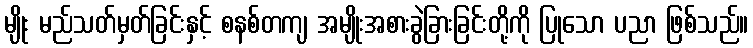
မျိုး မည်သတ်မှတ်ခြင်းနှင့် စနစ်တကျ အမျိုးအစားခွဲခြားခြင်းတို့ကို ပြုသော ပညာ ဖြစ်သည်။